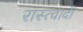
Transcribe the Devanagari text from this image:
रास्त्वादी